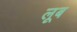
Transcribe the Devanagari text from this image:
लूब